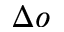
\Delta o